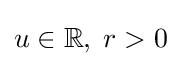
u\in \mathbb {R} ,\;r>0